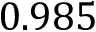
0 . 9 8 5